Scottish Certificate of Education, 1963
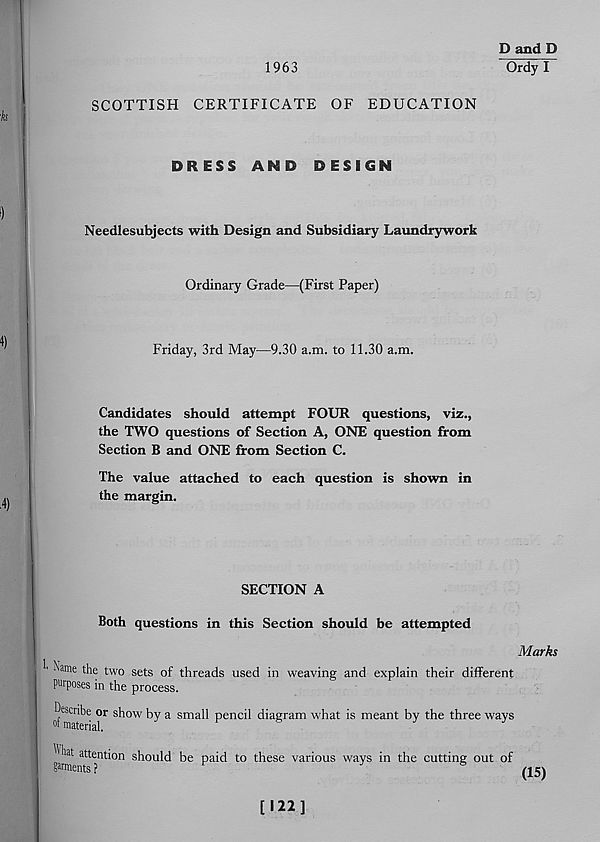
1963
D and D
Ordy I
SCOTTISH CERTIFICATE OF EDUCATION
DRESS AND DESIGN
Needlesubjects with Design and Subsidiary Laundrywork
Ordinary Grade—(First Paper)
Friday, 3rd May—9.30 a.m. to 11.30 a.m.
Candidates should attempt FOUR questions, viz.,
the TWO questions of Section A, ONE question from
Section B and ONE from Section C.
The value attached to each question is shown in
the margin.
SECTION A
Both questions in this Section should be attempted
Marks
' Name the two sets of threads used in weaving and explain their different
purposes in the process.
Describe or show by a small pencil diagram what is meant by the three ways
attention should
garments ?
be paid to these various ways in the cutting out of
(15)
[122]